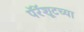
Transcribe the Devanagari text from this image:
पॅरॅशूटच्या